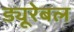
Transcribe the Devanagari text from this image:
ड्यूरेबल